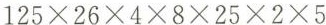
$$1 2 5 \times 2 6 \times 4 \times 8 \times 2 5 \times 2 \times 5$$